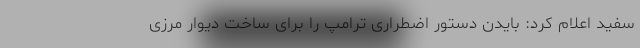
سفید اعلام کرد: بایدن دستور اضطراری ترامپ را برای ساخت دیوار مرزی